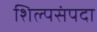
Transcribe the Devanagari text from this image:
शिल्पसंपदा